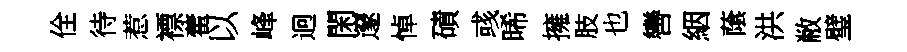
佺待惹褾藿以峰迥閑邃悼磧彧晞擁肢也轡絪䕃洪敝璧